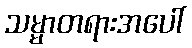
သမ္မာတရားအပေါ်